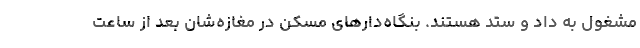
مشغول به داد و ستد هستند. بنگاه‌دارهای مسکن در مغازه‌شان بعد از ساعت